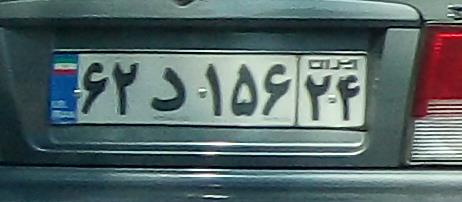
۶۲د۱۵۶۲۴